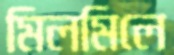
মিলমিলে